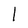
Character: l